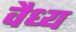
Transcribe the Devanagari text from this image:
वैध्य